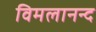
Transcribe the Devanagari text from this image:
विमलानन्द